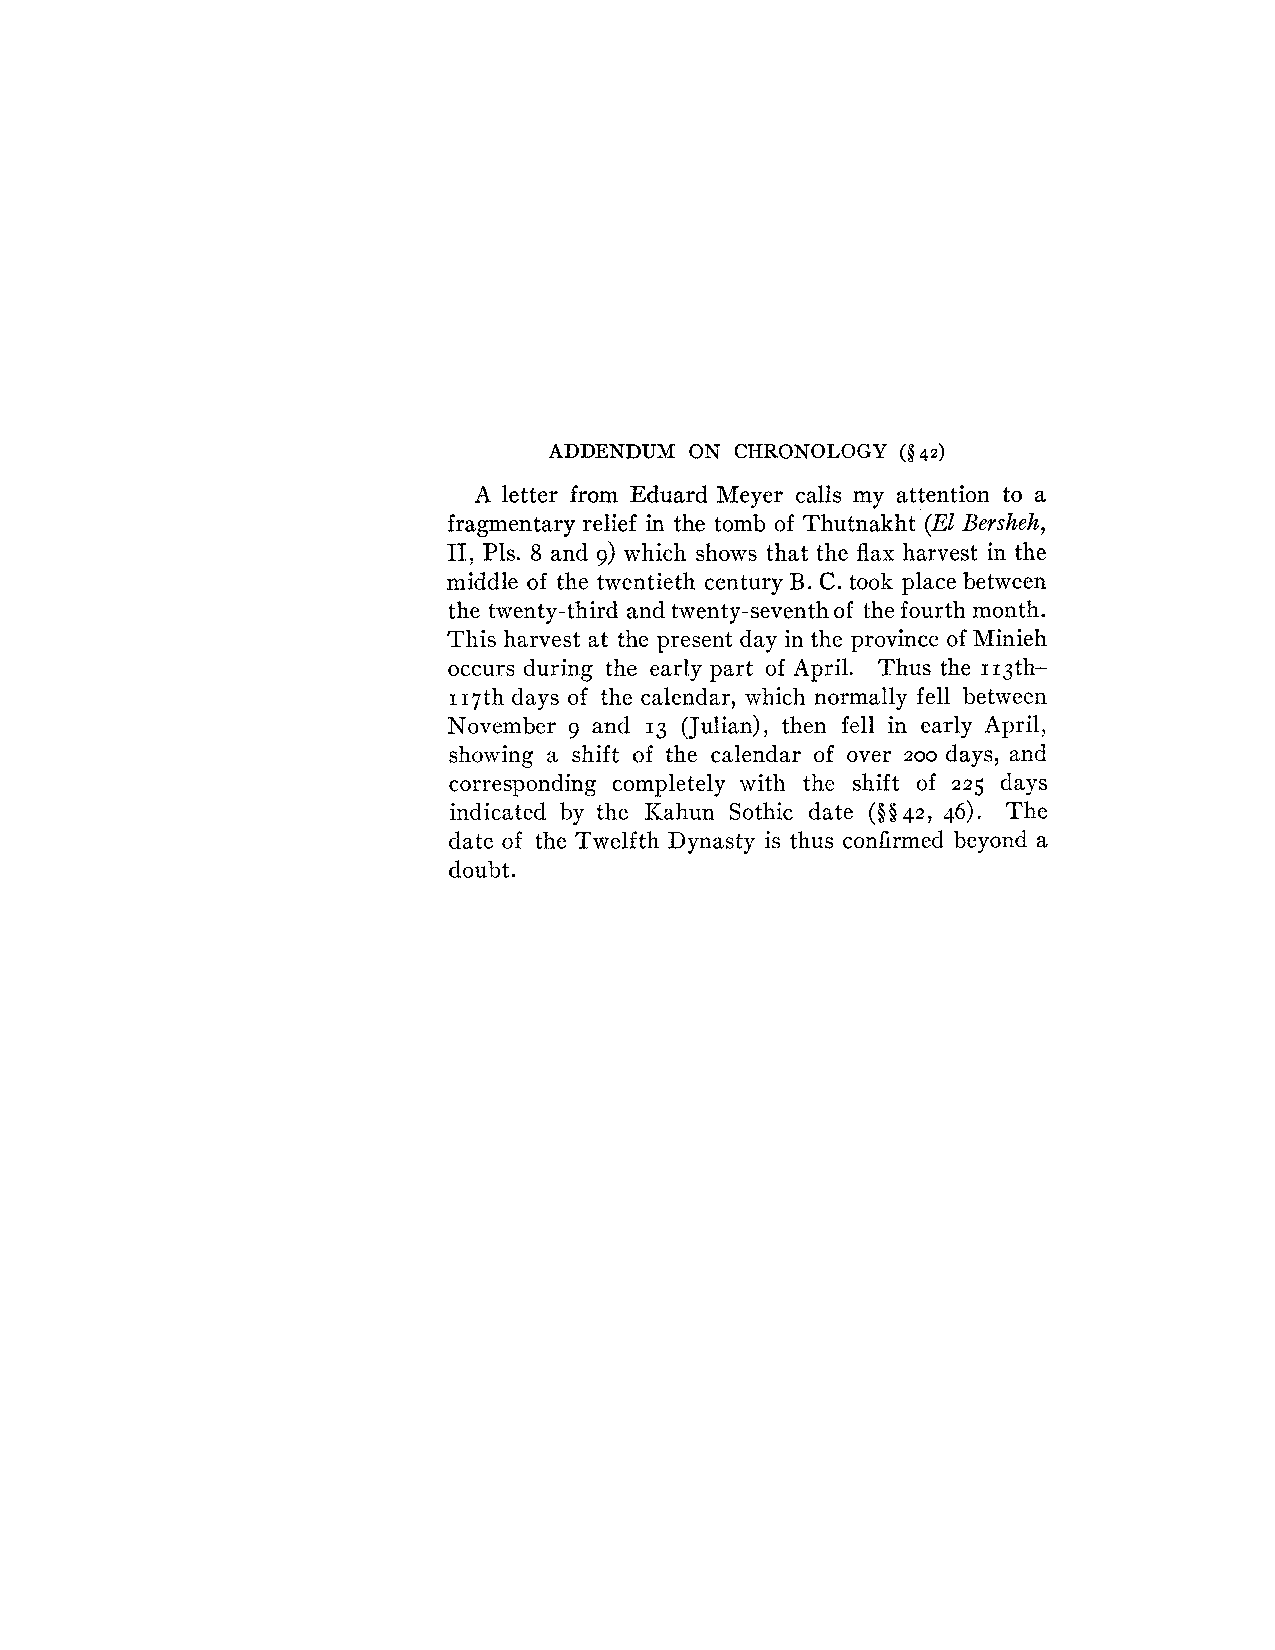
ADDENDUM  ON CHRONOLOGY (§ 42)
 A letter from Eduard Meyer calls my attention to a
 fragmentary relief in the tomb of Thutnakht (El Bersheh,
 11: Pls. 8 and 9) which shows that the flax harvest in the
 middle of the twentieth century B. C. took place between
 the twenty-third and twenty-seventh of the fourth month.
 This harvest at the present day in the province of Minieh
 occurs during the early part of April. Thus the 113th-
 117th days of the calendar, which normally fell between
 November g and 13 (Julian), then fell in early April,
 showing a shift of the calendar of over days, and
 200
 corresponding completely with the shift of 225 days
 indicated by the Kahun Sothic date ($042, 46). The
 date of the Twelfth Dynasty is thus confirmed beyond a
 doubt.